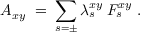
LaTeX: A _ { x y } \; = \; \sum _ { s = \pm } \lambda _ { s } ^ { x y } \: F _ { s } ^ { x y } \; .